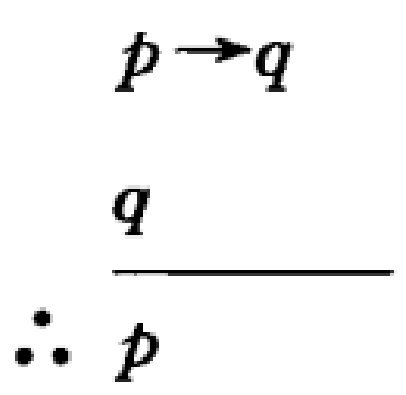
\[
\begin{align*}
p&\to q\\
q\\
\hline
\therefore\ &p
\end{align*}
\]